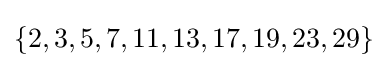
\{2,3,5,7,11,13,17,19,23,29\}